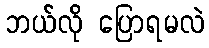
ဘယ်လို ပြောရမလဲ